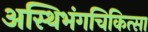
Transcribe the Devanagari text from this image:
अस्थिभंगचिकित्सा